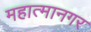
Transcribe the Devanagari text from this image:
महात्मानगर